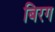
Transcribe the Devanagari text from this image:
बिरग